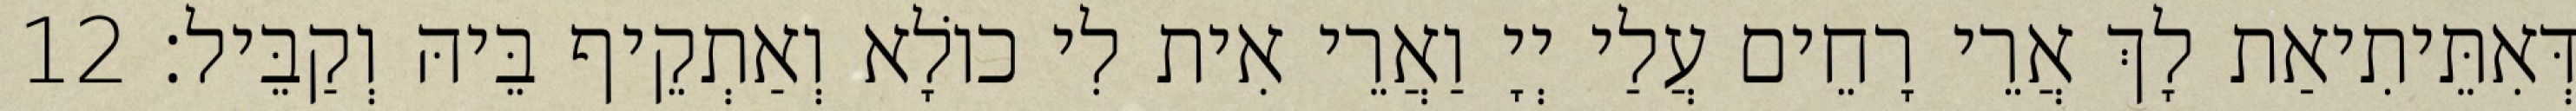
דְּאִתֵּיתִיאַת לָךְ אֲרֵי רָחֵים עֲלַי יְיָ וַאֲרֵי אִית לִי כוֹלָא וְאַתְקֵיף בֵּיהּ וְקַבֵּיל׃ 12